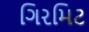
ગિરમિટ